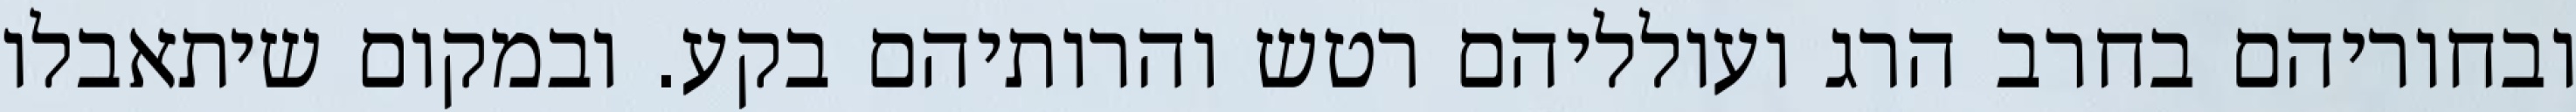
ובחוריהם בחרב הרג ועולליהם רטש והרותיהם בקע. ובמקום שיתאבלו